Lunatic asylums Punjab 1881-1894 - 1881-1894
Year: 1881
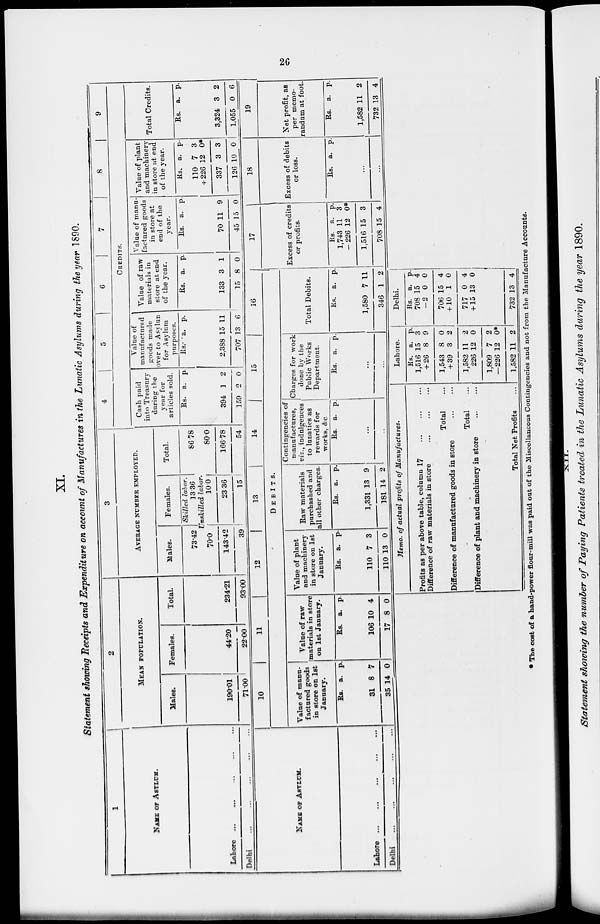
26
XI.
Statement showing Receipts and Expenditure on account of Manufactures in the Lunatic Asylums during the year 1890.
1
NAME OF ASYLUM.
Lahore ... ... ... ... ...
Delhi
...
...
...
...
...
2
MEAN
POPULATION.
Males.
190.01
71.00
Females.
44.20
22.00
Total.
234.21
93.00
3
AVERAGE NUMBER EMPLOYED.
Males.
73.42
Females.
Skilled labor.
13.36
Total.
86.78
Unskilled
labor.
70.0
14342
39
10.0
23 36
15
80.0
166.78
54
4
5
6
7
8
9
CREDITS.
Cash paid
into Treasury
daring the
year for
articles sold.
Rs.
394
159
a.
1
2
p.
2
0
Value of
manufactured
goods made
over to Asylun
for Asylum
purposes.
Rs.
2,388
707
a.
15
13
p.
11
6
Value of raw
materials in
store at end
of the year.
Rs.
133
15
a.
3
8
p.
1
0
Value of manu-
factured goods
in store at
end of the
year.
Rs.
70
45
a.
11
15
p.
9
0
Value of plant
and machinery
in store at end
of the year.
Rs.
110
+ 226
337
126
a.
7
12
3
10
p.
3
0*
3
0
Total Credits.
Rs.
3,324
1,055
a.
3
0
p.
2
6
NAME OF ASYLUM.
Lahore
Delhi
10
11
12
13
14
15
16
DEBITS.
Value of manu-
factured goods
in store on 1st
January.
Rs.
31
35
a.
8
14
p.
7
0
Value of raw
materials in store
on 1st January.
Rs.
106
17
a.
10
8
p.
4
0
Value of plant
and machinery
in store on 1st
January.
Rs.
110
110
a.
7
13
p.
3
0
Raw materials
purchashed and
all other charges.
Rs.
1,331
181
a.
13
14
p.
9
2
Contingencies of
manufactures,
viz., indulgences
to lunatics as
rewards for
works, &c.
Rs. a. p.
...
...
Charges for work
done by the
Public Works
Department.
Rs. a. p.
...
...
Total Debits.
Rs.
1,580
346
a.
7 11
1
p.
11
2
17
Excess of credits
or profits.
Rs.
1,743
-226
1,516
708
a.
11
12
15
15
p.
3
0*
3
4
18
Excess of debits
or loss.
Rs. a. p.
...
...
19
Net profit, as
per memo-
randum at foot.
Rs.
1,582
732
a.
11
13
p.
2
4
Memo. of actual profits of Manufactures.
Profits as per above table, column 17
Difference of raw materials in store
Total
Difference of manufactured goods in store
Total
Difference of plant and machinery in store
Total Net Profits
Lahore.
Rs.
1,516
+ 26
1,543
+ 39
1,582
226
1,809
—226
1,582
a.
15
8
8
3
11
12
7
12
11
p.
3
9
0
2
2
0
2
0*
2
Delhi.
Rs.
708
–2
706
+ 10
717
+ 15
732
a.
15
0
15
1
0
13
13
p.
4
0
4
0
4
0
4
* The cost of a hand-power flour-mill was paid out of the Miscellaneous Contingencies and not from the Manufacture Accounts.